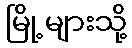
မြို့များသို့